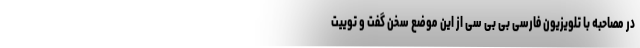
در مصاحبه با تلویزیون فارسی بی بی سی از این موضع سخن گفت و توییت